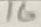
Text: 16